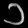
Digit: ၁